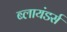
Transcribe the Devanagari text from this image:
ब्लायंडर्स